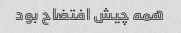
همه چیش افتضاح بود